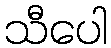
သီပေါ